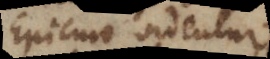
Epicuro videntur